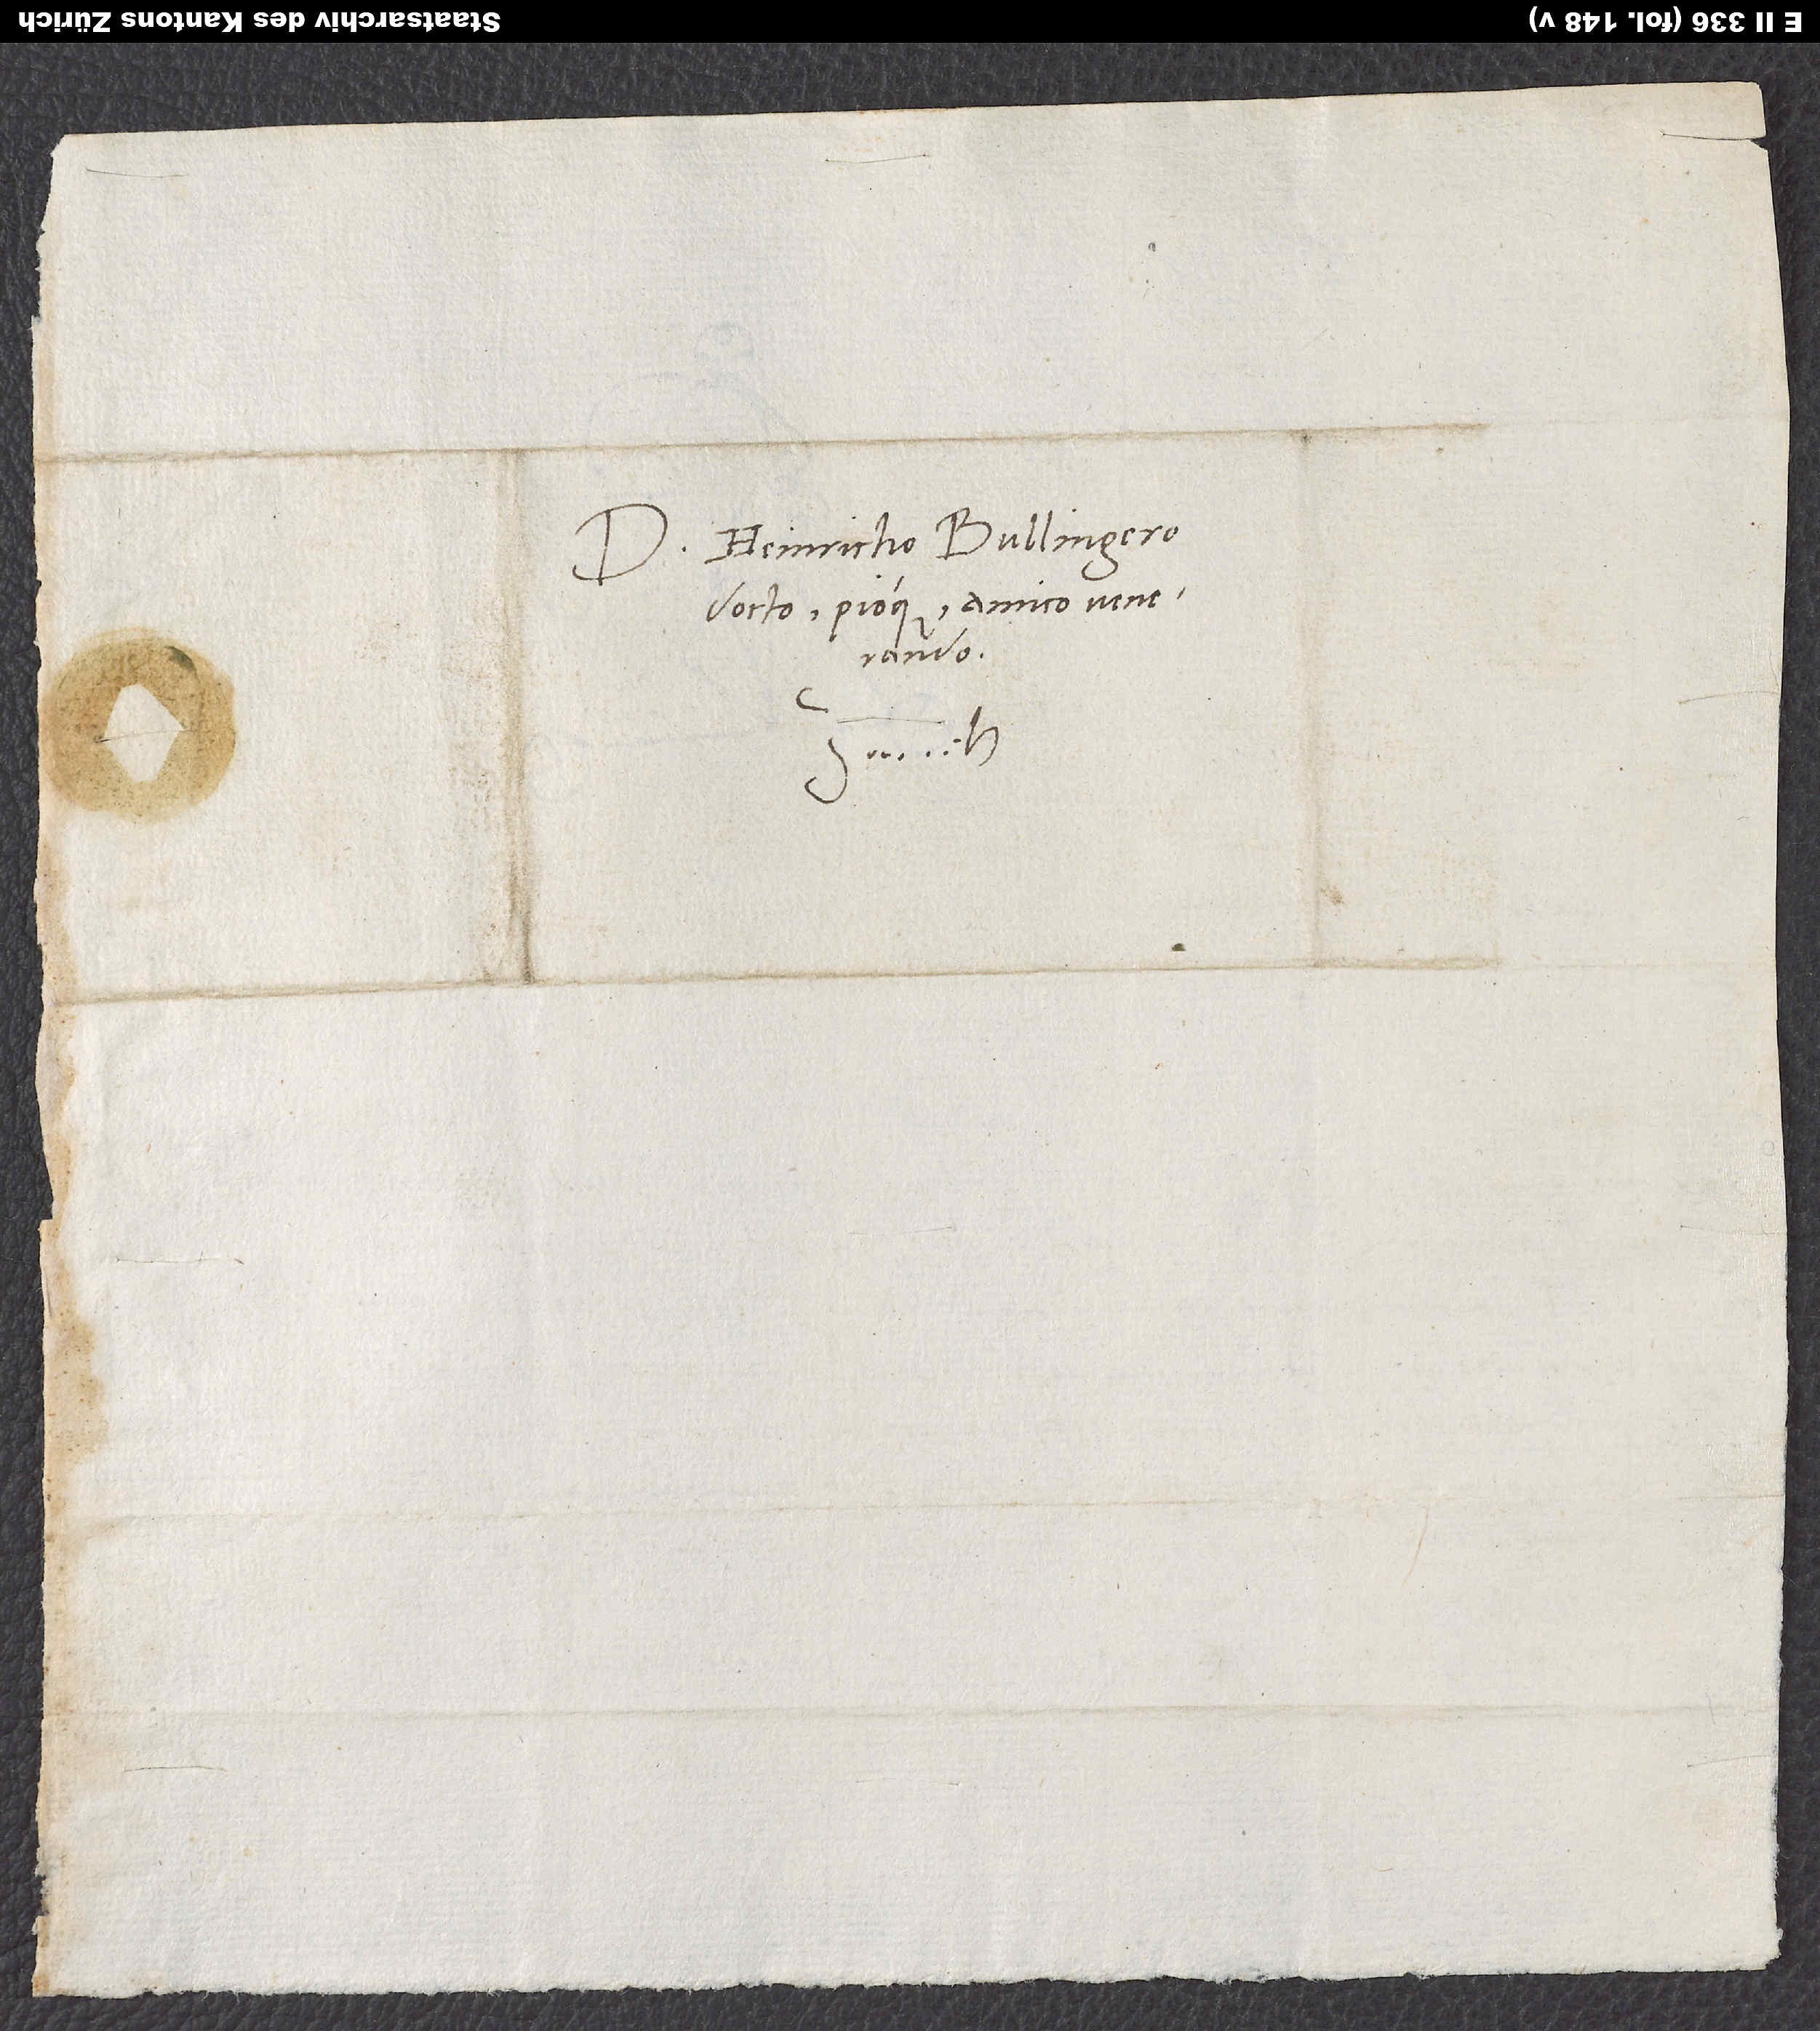
Domino Heinricho Bullingero
docto pioque, amico venerando.